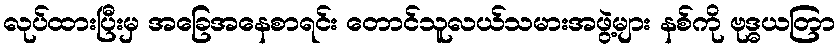
လုပ်ထားပြီးမှ အခြေအနေစာရင်း တောင်သူလယ်သမားအဖွဲ့များ နစ်ကို ဗုဒ္ဓယတြာ